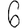
Digit: 6